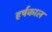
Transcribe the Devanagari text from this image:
हर्षकाल